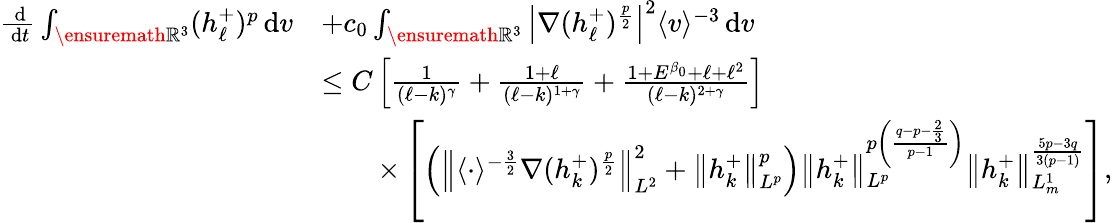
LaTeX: \begin{array}{rl}{\frac{\, \mathrm{d}}{\, \mathrm{d}t}\int_{\ensuremath{{\mathbb R}}^{3}}(h_{\ell}^{+})^{p}\, \mathrm{d}v}&{+c_{0}\int_{\ensuremath{{\mathbb R}}^{3}}\left\vert\nabla(h_{\ell}^{+})^{\frac{p}{2}}\right\vert^{2}\langle v\rangle^{-3}\, \mathrm{d}v}\\ &{\leq C\left[\frac{1}{(\ell-k)^{\gamma}}+\frac{1+\ell}{(\ell-k)^{1+\gamma}}+\frac{1+E^{\beta_{0}}+\ell+\ell^{2}}{(\ell-k)^{2+\gamma}}\right]}\\ &{\qquad\times\left[\left(\left\| \langle\cdot\rangle^{-\frac{3}{2}}\nabla(h_{k}^{+})^{\frac{p}{2}}\right\| _{L^{2}}^{2}+\left\| h_{k}^{+}\right\| _{L^{p}}^{p}\right)\left\| h_{k}^{+}\right\| _{L^{p}}^{p\left(\frac{q-p-\frac{2}{3}}{p-1}\right)}\left\| h_{k}^{+}\right\| _{L_{m}^{1}}^{\frac{5p-3q}{3(p-1)}}\right],}\end{array}